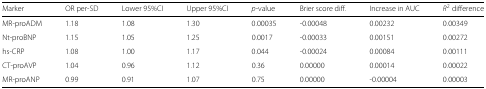
<table><thead><tr><td><b>Marker</b></td><td><b>OR per-SD</b></td><td><b>Lower 95%CI</b></td><td><b>Upper 95%CI</b></td><td><b><i>p</i>-value</b></td><td><b>Brier score diff.</b></td><td><b>Increase in AUC</b></td><td><b><i>R</i><sup>2</sup> difference</b></td></tr></thead><tbody><tr><td>MR-proADM</td><td>1.18</td><td>1.08</td><td>1.30</td><td>0.00035</td><td>-0.00048</td><td>0.00232</td><td>0.00349</td></tr><tr><td>Nt-proBNP</td><td>1.15</td><td>1.05</td><td>1.25</td><td>0.0017</td><td>-0.00033</td><td>0.00151</td><td>0.00272</td></tr><tr><td>hs-CRP</td><td>1.08</td><td>1.00</td><td>1.17</td><td>0.044</td><td>-0.00024</td><td>0.00084</td><td>0.00111</td></tr><tr><td>CT-proAVP</td><td>1.04</td><td>0.96</td><td>1.12</td><td>0.36</td><td>0.00000</td><td>0.00014</td><td>0.00022</td></tr><tr><td>MR-proANP</td><td>0.99</td><td>0.91</td><td>1.07</td><td>0.75</td><td>0.00000</td><td>-0.00004</td><td>0.00003</td></tr></tbody></table>